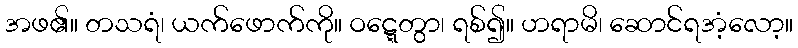
အဖ၏။ တသရံ၊ ယက်ဖောက်ကို။ ဝဋ္ဋေတွာ၊ ရစ်၍။ ဟရာမိ၊ ဆောင်ရအံ့လော့။